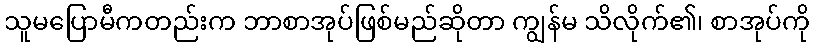
သူမပြောမီကတည်းက ဘာစာအုပ်ဖြစ်မည်ဆိုတာ ကျွန်မ သိလိုက်၏၊ စာအုပ်ကို